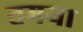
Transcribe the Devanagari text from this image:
तमया